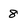
Character: 8